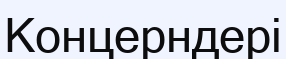
Концерндері